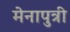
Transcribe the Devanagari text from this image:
मेनापुत्री